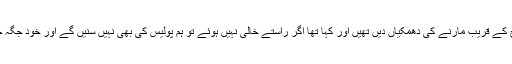
انہوں نے احتجاج کے قریب مارنے کی دھمکیاں دیں تھیں اور کہا تھا اگر راستے خالی نہیں ہوئے تو ہم پولیس کی بھی نہیں سنیں گے اور خود جگہ خالی کرائیں گے۔